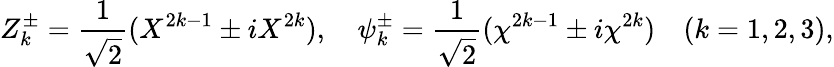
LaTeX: Z_{k}^{\pm}={\frac{1}{\sqrt{2}}}(X^{2k-1}\pm iX^{2k}),\quad\psi_{k}^{\pm}={\frac{1}{\sqrt{2}}}(\chi^{2k-1}\pm i\chi^{2k})\quad(k=1,2,3),